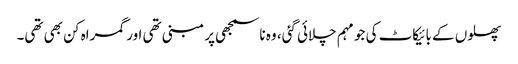
پھلوں کے بائیکاٹ کی جو مہم چلائی گئی، وہ ناسمجھی پر مبنی تھی اور گمراہ کن بھی تھی۔